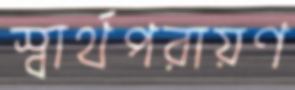
স্বার্থপরায়ণ